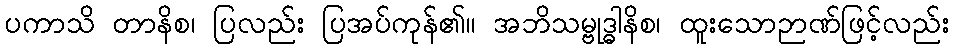
ပကာသိ တာနိစ၊ ပြလည်း ပြအပ်ကုန်၏။ အဘိသမ္ဗုဒ္ဓါနိစ၊ ထူးသောဉာဏ်ဖြင့်လည်း